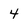
Character: 4